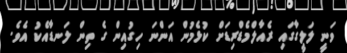
ވަނީ ލަލީގާގައި ރެއާލްމެޑްރިޑަށް ކުޅެމުން އަންނަ ހިގުއިން ގެ ތިން ލަނޑާއެކު އެވެ.